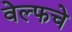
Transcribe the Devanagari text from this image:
वेल्फचे